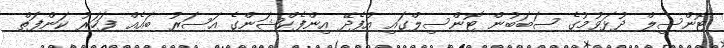
ޓޮންސިލް ދުޅަވުމުގެ ސަބަބުން ޓޮންސިލްގައި އުފެދޭ އިންފެކްޝަންގެ އަސަރު ބައެއް ފަހަރު ކަންފަތް